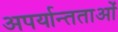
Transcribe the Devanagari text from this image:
अपर्यान्तताओं